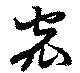
窊